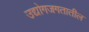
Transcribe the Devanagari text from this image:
उद्योगजगतातील